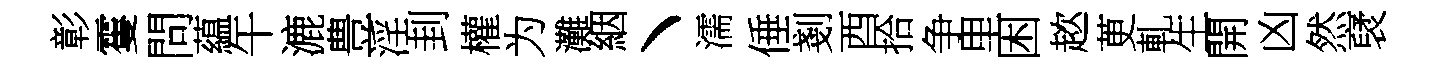
彰䨥問藴午漉豊淫刲權为灘絪丶濡倕剗酉拾争里困趑茰軋生開凶然裦